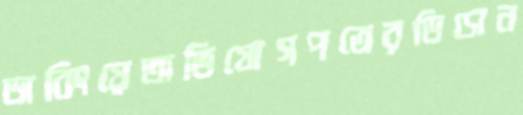
ডাবিংয়েঅভিযোগপত্রেরডিসেন